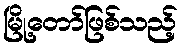
မြို့တော်ဖြစ်သည့်